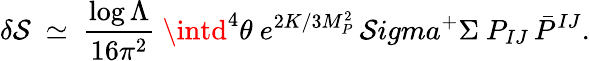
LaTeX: \delta\mathcal{S}\ \simeq\ {\frac{{\log\Lambda}}{{16\pi^{2}}}}\ \intd^{4}\theta\ e^{2K/3M_{P}^{2}}\, \mathcal{S}igma^{+}\Sigma\ P_{IJ}\, \bar{{P}}^{IJ}.